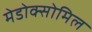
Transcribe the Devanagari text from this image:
मेडोक्सोमिल